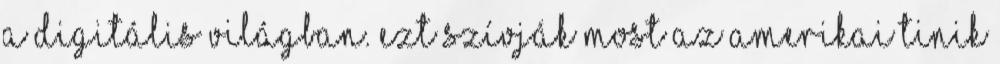
a digitális világban. Ezt szívják most az amerikai tinik